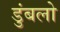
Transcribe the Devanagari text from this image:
डुंबलो